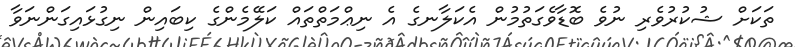
ތަކަށް ޝުކުރުވެރި ނުވެ ބޮޑާވެގަތުމުން އެކަލާނގެ އެ ނިޢްމަތްތައް ކަލޭމެންގެ ކިބައިން ނިގުޅައިގަންނަވާ